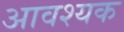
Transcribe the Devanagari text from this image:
अावश्यक